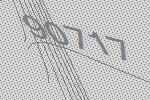
90717